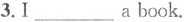
3.I___abook.